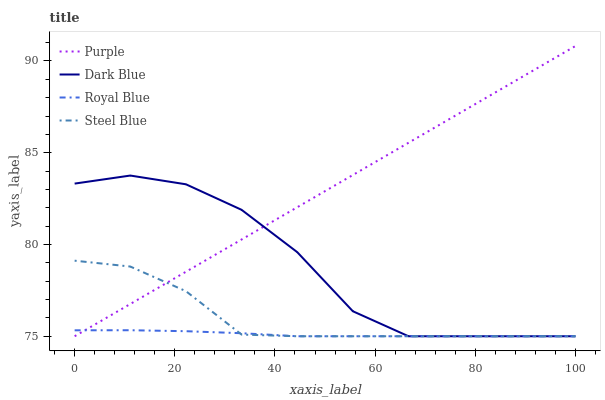
| xaxis_label | Purple | Dark Blue | Royal Blue | Steel Blue |
 | --- | --- | --- | --- | --- |
 | 0 | 75 | 83.3 | 75.3 | 79.1 |
 | 11.1 | 76.8 | 83.8 | 75.3 | 78.8 |
 | 22.2 | 78.5 | 83.3 | 75.3 | 77.5 |
 | 33.3 | 80.3 | 81.9 | 75.2 | 75.1 |
 | 44.4 | 82 | 79.6 | 75 | 75 |
 | 55.6 | 83.8 | 76.4 | 75 | 75 |
 | 66.7 | 85.5 | 75 | 75 | 75 |
 | 77.8 | 87.3 | 75 | 75 | 75 |
 | 88.9 | 89.1 | 75 | 75 | 75 |
 | 100 | 90.8 | 75 | 75 | 75 |